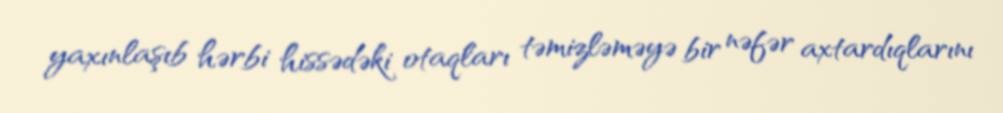
yaxınlaşıb hərbi hissədəki otaqları təmizləməyə bir nəfər axtardıqlarını